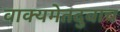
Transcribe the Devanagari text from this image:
वाक्यमेतदुवाच